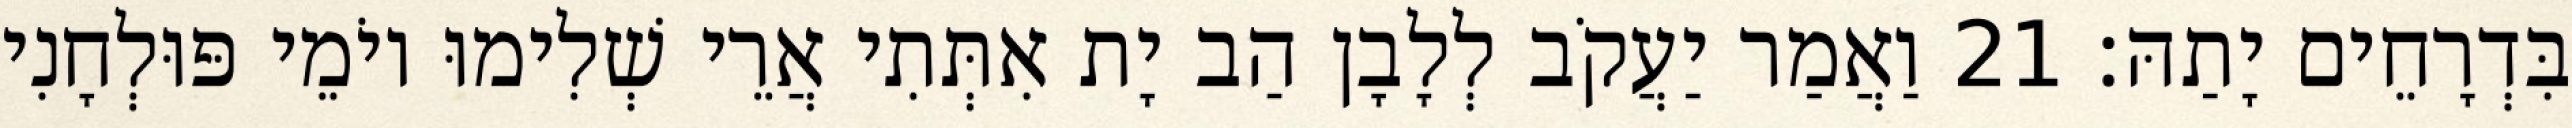
בִּדְרָחֵים יָתַהּ׃ 21 וַאֲמַר יַעֲקֹב לְלָבָן הַב יָת אִתְּתִי אֲרֵי שְׁלִימוּ יוֹמֵי פּוּלְחָנִי